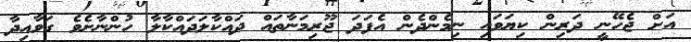
އަށް ޖެހޭނީ ދަރިން ކިޔަވައި ނިމެންދެން އެފަދަ ޖޫރިމަނާތައް ދައްކާލަދައްކާލާ ހުންނާށެވެ ގަވާއިދާ